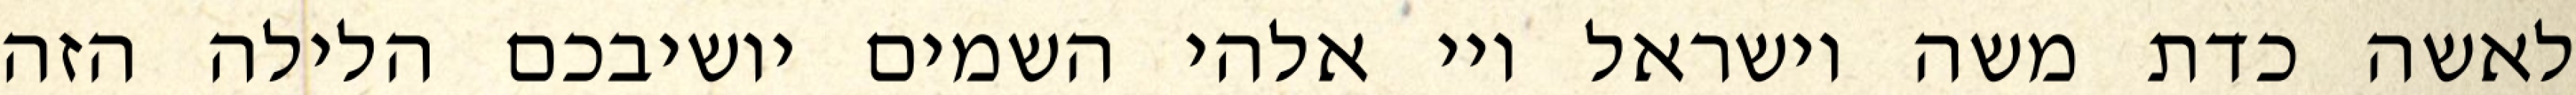
לאשה כדת משה וישראל ויי אלהי השמים יושיבכם הלילה הזה